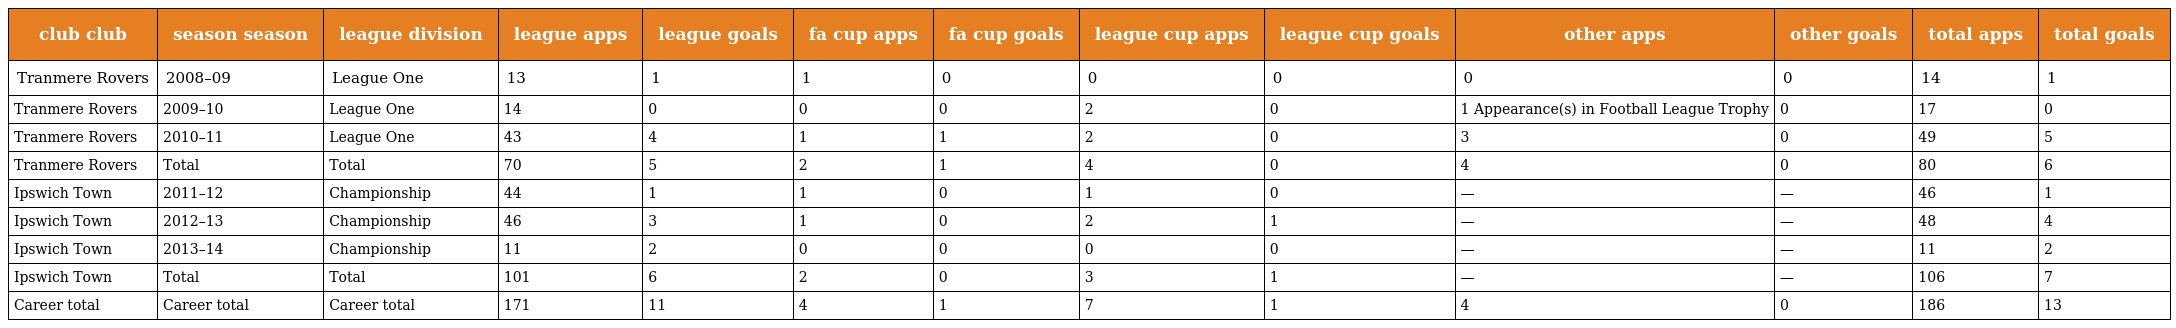
| club club | season season | league division | league apps | league goals | fa cup apps | fa cup goals | league cup apps | league cup goals | other apps | other goals | total apps | total goals |
 | --- | --- | --- | --- | --- | --- | --- | --- | --- | --- | --- | --- | --- |
 | Tranmere Rovers | 2008–09 | League One | 13 | 1 | 1 | 0 | 0 | 0 | 0 | 0 | 14 | 1 |
 | Tranmere Rovers | 2009–10 | League One | 14 | 0 | 0 | 0 | 2 | 0 | 1 Appearance(s) in Football League Trophy | 0 | 17 | 0 |
 | Tranmere Rovers | 2010–11 | League One | 43 | 4 | 1 | 1 | 2 | 0 | 3 | 0 | 49 | 5 |
 | Tranmere Rovers | Total | Total | 70 | 5 | 2 | 1 | 4 | 0 | 4 | 0 | 80 | 6 |
 | Ipswich Town | 2011–12 | Championship | 44 | 1 | 1 | 0 | 1 | 0 | — | — | 46 | 1 |
 | Ipswich Town | 2012–13 | Championship | 46 | 3 | 1 | 0 | 2 | 1 | — | — | 48 | 4 |
 | Ipswich Town | 2013–14 | Championship | 11 | 2 | 0 | 0 | 0 | 0 | — | — | 11 | 2 |
 | Ipswich Town | Total | Total | 101 | 6 | 2 | 0 | 3 | 1 | — | — | 106 | 7 |
 | Career total | Career total | Career total | 171 | 11 | 4 | 1 | 7 | 1 | 4 | 0 | 186 | 13 |